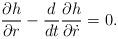
LaTeX: \begin{align*}\frac{\partial h}{\partial r}-\frac{d}{dt}\frac{\partial h}{\partial \dot{r}}=0.\end{align*}